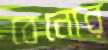
বেনোর